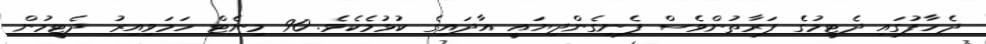
ދެހާފުގައި ދެޓީމުގެ ފަރާތުންވެސް ފެނިގެންދިޔައީ އާދައިގެ ކުޅުމެކެވެ. 90 މިނެޓް ހަމަވިއިރު ދެޓީމުން